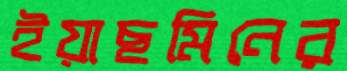
ইয়াছমিনের